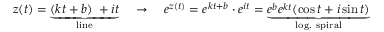
z ( t ) = \underbrace { ( k t + b ) \; + i t } _ { \mathrm { l i n e } } \quad \to \quad e ^ { z ( t ) } = e ^ { k t + b } \cdot e ^ { i t } = \underbrace { e ^ { b } e ^ { k t } ( \cos t + i \sin t ) } _ { \mathrm { l o g . ~ s p i r a l } }